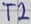
Text: T2